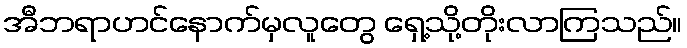
အီဘရာဟင်နောက်မှလူတွေ ရှေ့သို့တိုးလာကြသည်။